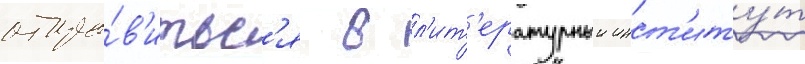
отпра́в'итьс'я в л'ит'ературныи инст'иту́т